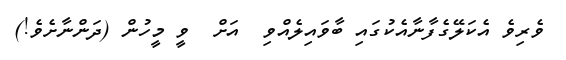
ވެރިވެ އެކަލޭގެފާނާއެކުގައި ބާވައިލެއްވި  އަށް  ވީ މީހުން (ދަންނާށެވެ!)